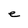
Character: e